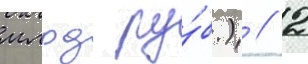
млрд ру́б.) // 2